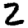
Digit: 2